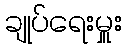
ချုပ်ရေးမှူး